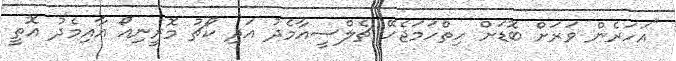
"އަހަރެން ވަރަށް ބޮޑަށް ހިތްހަމަޖެހޭ ޗެލްސީއާމެދު އަދި ކޯޗު މޮރީނިއޯ އާއިމެދު އޮތީ